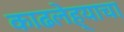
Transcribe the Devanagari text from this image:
काढलेह्याचा